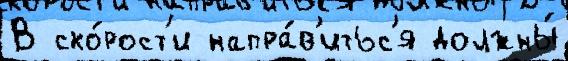
В ско́рост'и напра́в'итьс'я должны́